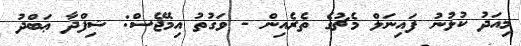
މިއަދު ކުޅުނު ފައިނަލް މެޗުގެ ތެރެއިން - ވަގުތު އިމޭޖެސް: ޝިފްދާ ޢަބްދު